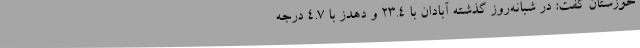
خوزستان گفت: در شبانه‌روز گذشته آبادان با 23.4 و دهدز با 4.7 درجه